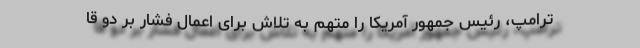
ترامپ، رئیس جمهور آمریکا را متهم به تلاش برای اعمال فشار بر دو قا